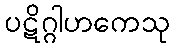
ပဋိဂ္ဂါဟကေသု